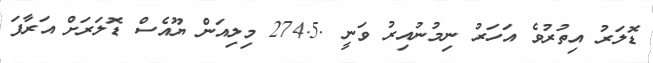
ޑޮލަރު އިތުރުވެ އަހަރު ނިމުނުއިރު ވަނީ .274.5 މިލިއަން ޔޫއެސް ޑޮލަރަށް އަރާފަ